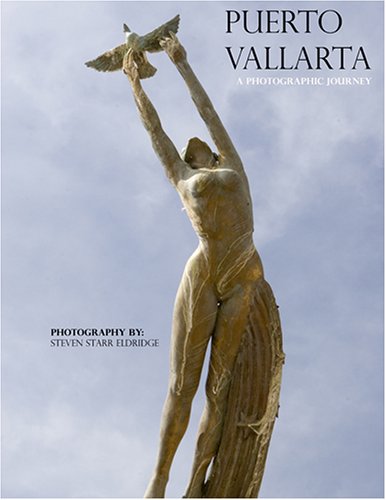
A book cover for Puerto Vallarta - A Photographic Journey; Steven Eldridge; Travel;